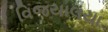
વિજયાલયા